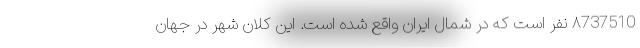
۸737510 نفر است که در شمال ایران واقع شده است. این کلان شهر در جهان